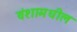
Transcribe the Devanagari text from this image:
वंशामधील